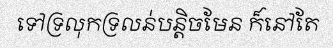
ទៅទ្រលុកទ្រលន់បន្តិចមែន ក៏នៅតែ